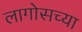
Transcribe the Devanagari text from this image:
लागोसच्या